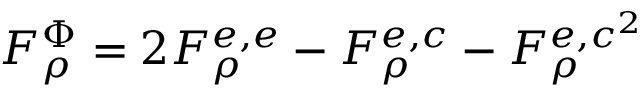
F _ { \rho } ^ { \Phi } = 2 F _ { \rho } ^ { e , e } - F _ { \rho } ^ { e , c } - F _ { \rho } ^ { e , c ^ { 2 } }